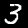
Label: 3